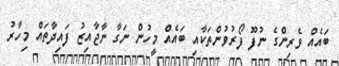
ބައެއް ވެރިންގެ ނުފޫ ފޯރުވުންތަކާއި ބައެއް މީހުން ނަގާ ނާޖާއިޒު ފައިދާތައް މިހާރު